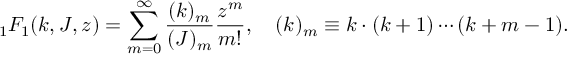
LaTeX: { } _ { 1 } F _ { 1 } ( k , J , z ) = \sum _ { m = 0 } ^ { \infty } \frac { ( k ) _ { m } } { ( J ) _ { m } } \frac { z ^ { m } } { m ! } , \quad ( k ) _ { m } \equiv k \cdot ( k + 1 ) \cdots ( k + m - 1 ) .